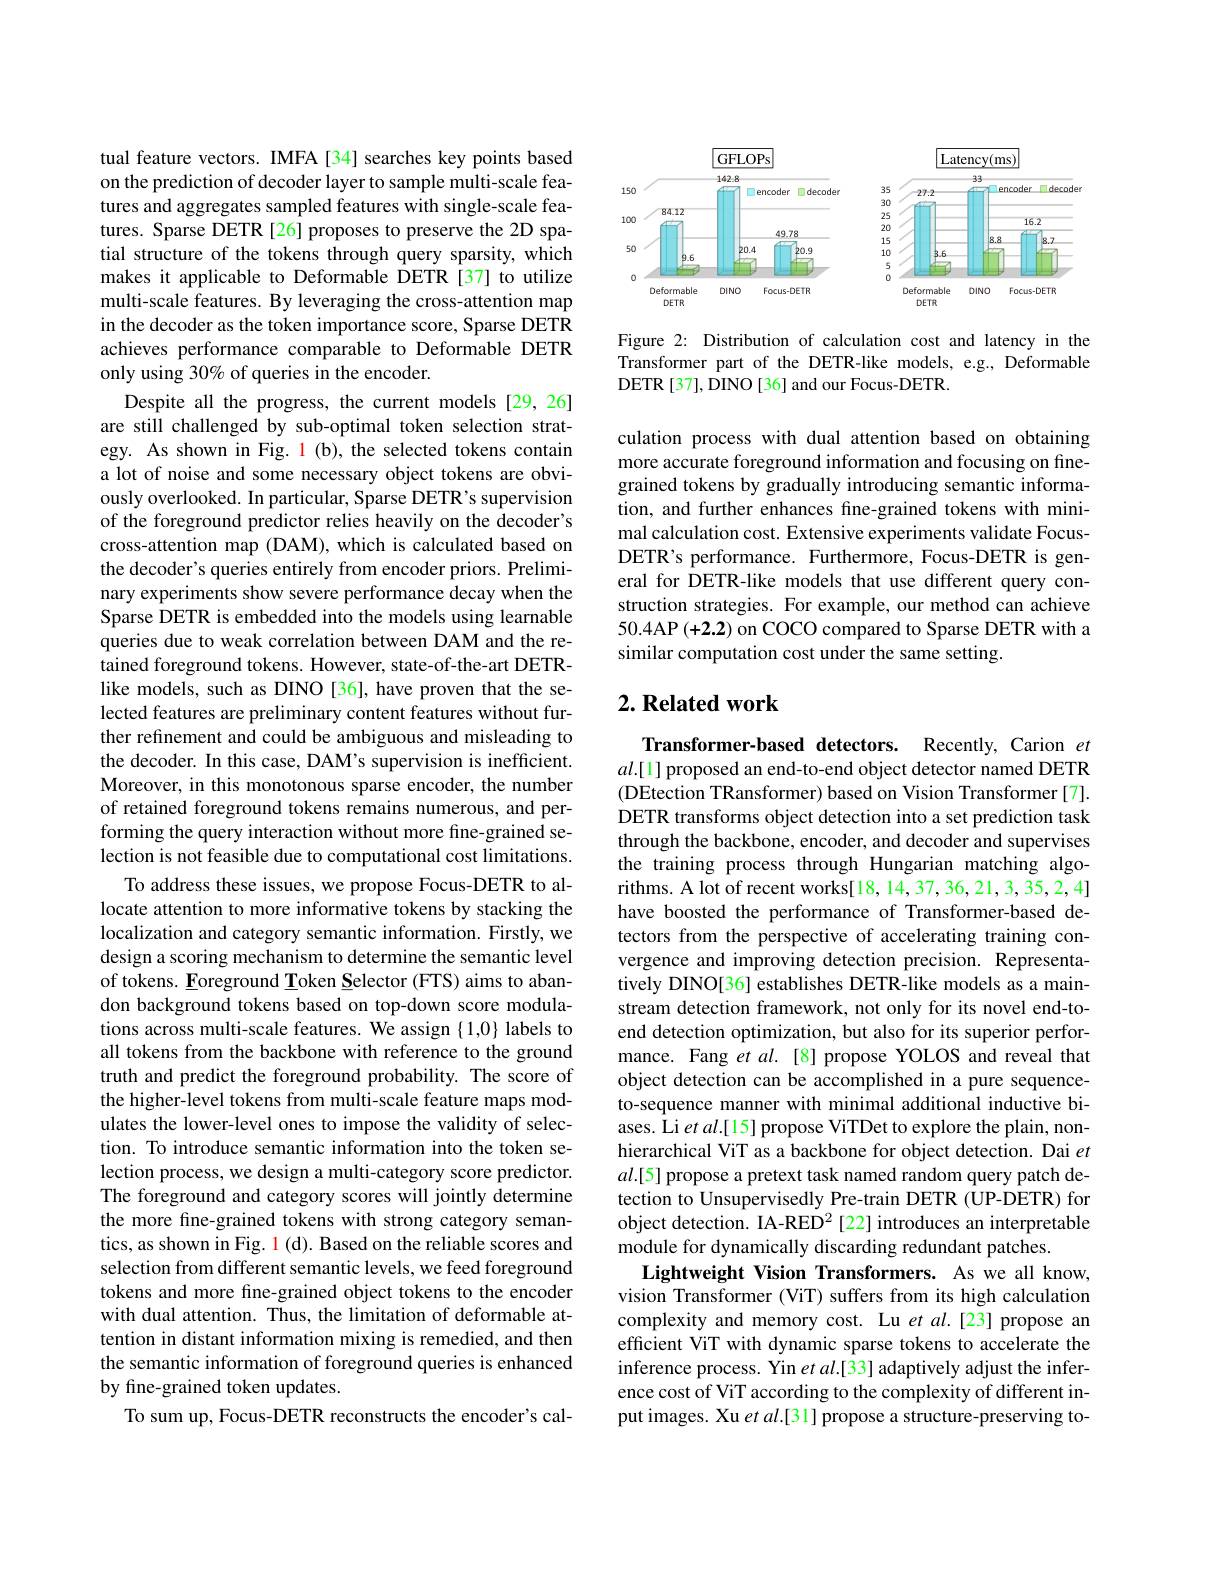
tual feature vectors. IMFA [34] searches key points based on the prediction of decoder layer to sample multi-scale features and aggregates sampled features with single-scale features. Sparse DETR [26] proposes to preserve the 2D spatial structure of the tokens through query sparsity, which makes it applicable to Deformable DETR [37] to utilize multi-scale features. By leveraging the cross-attention map in the decoder as the token importance score, Sparse DETR achieves performance comparable to Deformable DETR only using 30% of queries in the encoder.
Despite all the progress, the current models [29,26] are still challenged by sub-optimal token selection strategy. As shown in Fig. 1 (b), the selected tokens contain a lot of noise and some necessary object tokens are obviously overlooked. In particular, Sparse DETR's supervision of the foreground predictor relies heavily on the decoder's cross-attention map (DAM), which is calculated based on the decoder's queries entirely from encoder priors. Preliminary experiments show severe performance decay when the Sparse DETR is embedded into the models using learnable queries due to weak correlation between DAM and the retained foreground tokens. However, state-of-the-art DETRlike models, such as DINO [36], have proven that the selected features are preliminary content features without further refinement and could be ambiguous and misleading to the decoder. In this case, DAM's supervision is inefficient. Moreover, in this monotonous sparse encoder, the number of retained foreground tokens remains numerous, and performing the query interaction without more fine-grained selection is not feasible due to computational cost limitations.
To address these issues, we propose Focus-DETR to allocate attention to more informative tokens by stacking the localization and category semantic information. Firstly, we design a scoring mechanism to determine the semantic level of tokens. Eoreground Token Selector (FTS) aims to abandon background tokens based on top-down score modulations across multi-scale features. We assign {1,0} labels to all tokens from the backbone with reference to the ground truth and predict the foreground probability. The score of the higher-level tokens from multi-scale feature maps modulates the lower-level ones to impose the validity of selection. To introduce semantic information into the token selection process, we design a multi-category score predictor. The foreground and category scores will jointly determine the more fine-grained tokens with strong category semantics, as shown in Fig. 1 (d). Based on the reliable scores and selection from different semantic levels, we feed foreground tokens and more fine-grained object tokens to the encoder with dual attention. Thus, the limitation of deformable attention in distant information mixing is remedied, and then the semantic information of foreground queries is enhanced by fine-grained token updates.
To sum up, Focus-DETR reconstructs the encoder's cal-

<FigureHere>

Figure 2: Distribution of calculation cost and latency in the Transformer part of the DETR-like models, e.g., Deformable DETR [37], DINO [36] and our Focus-DETR.

culation process with dual attention based on obtaining more accurate foreground information and focusing on finegrained tokens by gradually introducing semantic information, and further enhances fine-grained tokens with minimal calculation cost. Extensive experiments validate FocusDETR's performance. Furthermore, Focus-DETR is general for DETR-like models that use different query construction strategies. For example, our method can achieve 50.4AP (+2.2) on COCO compared to Sparse DETR with a similar computation cost under the same setting.

## $2. \textbf{ Related work}$

Transformer-based detectors. Recently, Carion $et$ $al.[1]$ proposed an end-to-end object detector named DETR (DEtection TRansformer) based on Vision Transformer[7]. DETR transforms object detection into a set prediction task through the backbone, encoder, and decoder and supervises the training process through Hungarian matching algorithms. A lot of recent works[18, 14, 37, 36, 21, 3, 35, 2, 4] have boosted the performance of Transformer-based detectors from the perspective of accelerating training convergence and improving detection precision. Representatively DINO[36] establishes DETR-like models as a mainstream detection framework, not only for its novel end-toend detection optimization, but also for its superior performance. Fang et al.[8] propose YOLOS and reveal that object detection can be accomplished in a pure sequenceto-sequence manner with minimal additional inductive biases. Li $etal.[15]$ propose ViTDet to explore the plain, nonhierarchical ViT as a backbone for object detection. Dai $et$ $al.[5]$ propose a pretext task named random query patch detection to Unsupervisedly Pre-train DETR (UP-DETR) for object detection. IA-RED$^2$ [22] introduces an interpretable module for dynamically discarding redundant patches.
Lightweight Vision Transformers. As we all know, vision Transformer (ViT) suffers from its high calculation complexity and memory cost. Lu et $al.[23]$ propose an efficient ViT with dynamic sparse tokens to accelerate the inference process. Yin $etal.[33]$ adaptively adjust the inference cost of ViT according to the complexity of different input images. Xu et al.[31] propose a structure-preserving to-